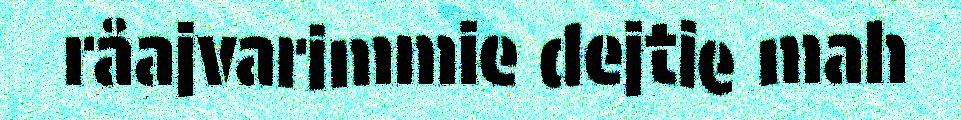
råajvarimmie dejtie mah